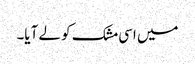
میں اسی مشک کو لے آیا۔